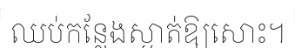
ឈប់កន្លែងស្ងាត់ឱ្យសោះ។